65_HS1-834228961_62-HQ-83894_Section_2
Agency: FBI
Page 193
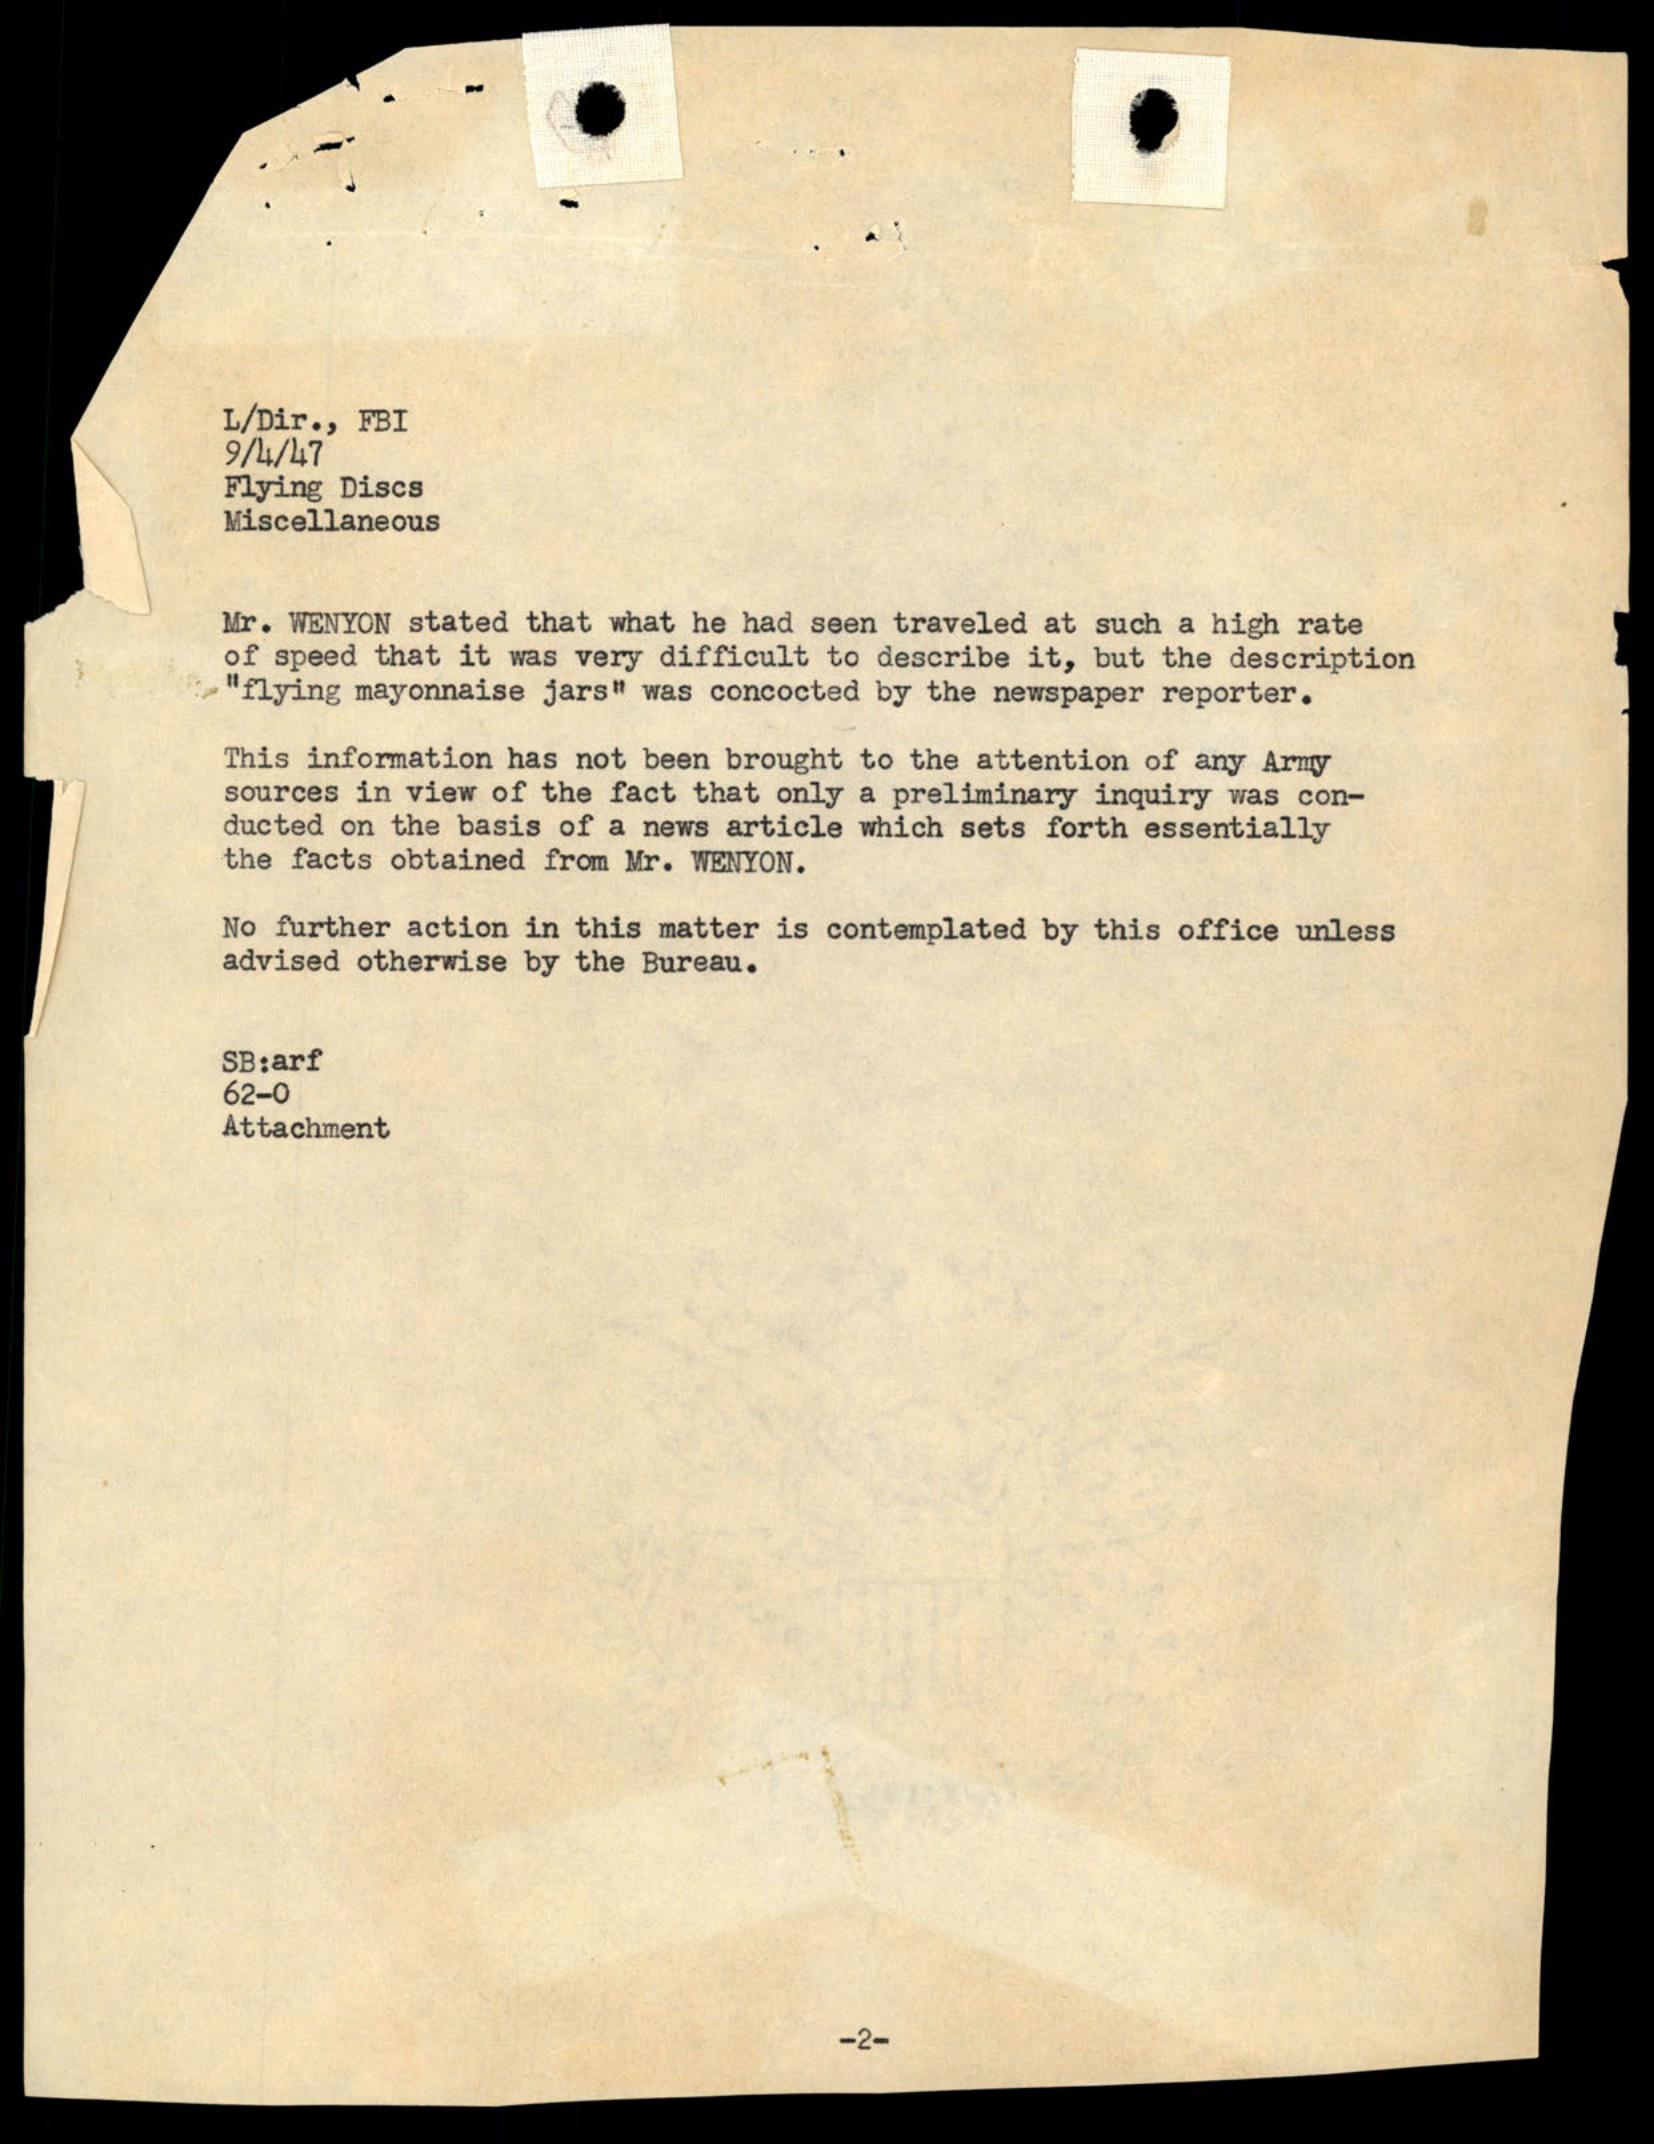